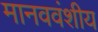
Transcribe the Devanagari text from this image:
मानववंशीय